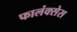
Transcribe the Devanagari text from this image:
फालंक्सेस